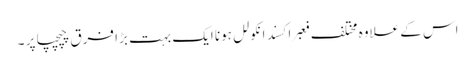
اس کے علاوہ مختلف فعبراکسند انکولل ہونا ایک بہت بڑا فرق چپچپا پر ۔